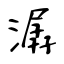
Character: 潺